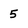
Character: 5